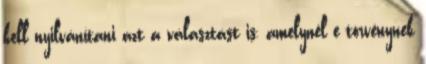
kell nyilvánítani azt a választást is, amelynél e törvénynek